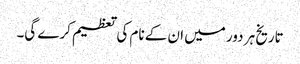
تاریخ ہر دور میں ان کے نام کی تعظیم کرے گی۔